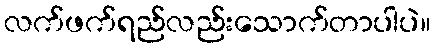
လက်ဖက်ရည်လည်းသောက်တာပါပဲ။